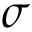
\sigma